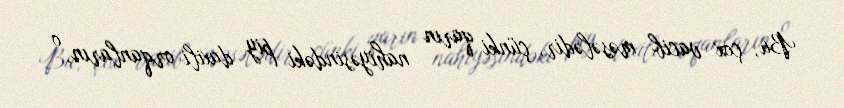
Bu, çox vacib məsələdir, çünki qarın nahiyəsindəki piy daxili orqanların, o